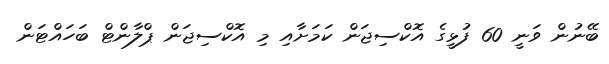
ބޭނުން ވަނީ 60 ފުޅީގެ އޮކްސިޖަން ކަމަށާއި މި އޮކްސިޖަން ޕްލާންޓް ބަހައްޓަން